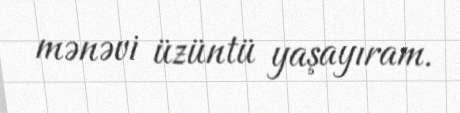
mənəvi üzüntü yaşayıram.